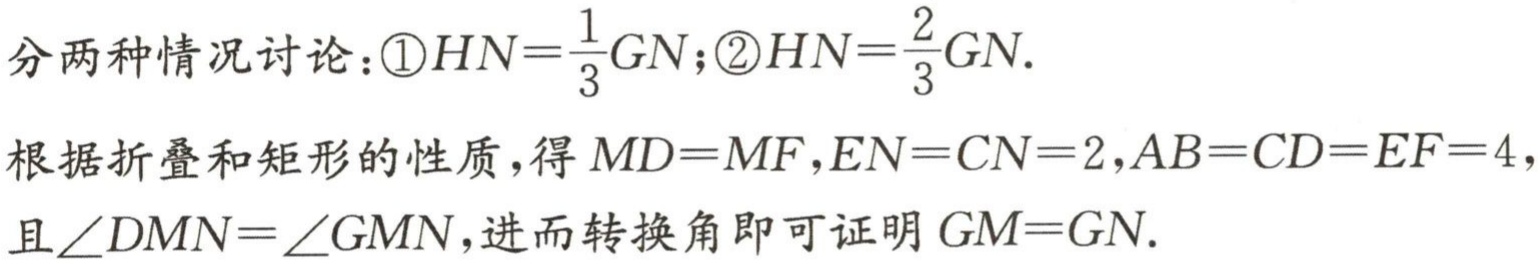
分两种情况讨论：\textcircled{1}$HN = \frac{1}{3}GN$；\textcircled{2}$HN=\frac{2}{3}GN$.

根据折叠和矩形的性质，得$MD = MF$，$EN = CN = 2$，$AB = CD = EF = 4$，

且$\angle DMN=\angle GMN$，进而转换角即可证明$GM = GN$.